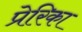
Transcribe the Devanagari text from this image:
प्रेरिका